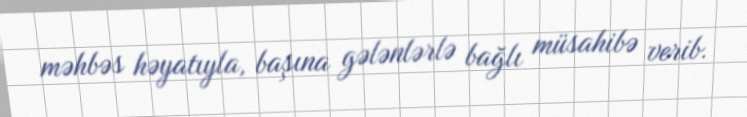
məhbəs həyatıyla, başına gələnlərlə bağlı müsahibə verib.